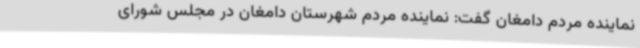
نماینده مردم دامغان گفت: نماینده مردم شهرستان دامغان در مجلس شورای